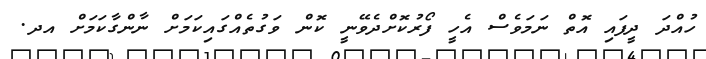
ހުއްދަ ދީފައި އޮތް ނަމަވެސް އެހީ ފޯރުކޮށްދެވޭނީ ކޮން ވަގުތެއްގައިކަމަށް ނާންގާކަމަށް އދ.